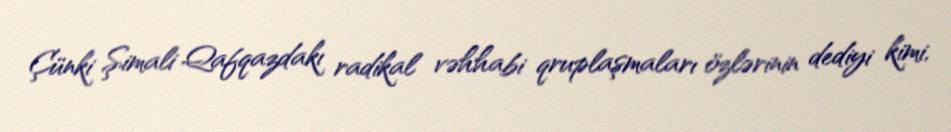
Çünki Şimali Qafqazdakı radikal vəhhabi qruplaşmaları özlərinin dediyi kimi,